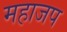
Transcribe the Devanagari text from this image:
महाजप